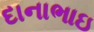
દાનાભાઇ